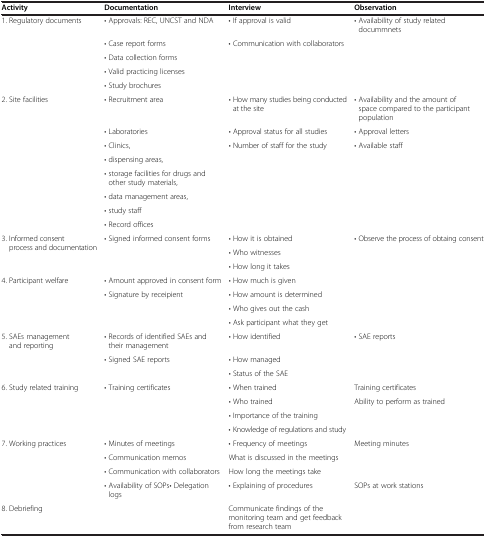
| Activity | Documentation | Interview | Observation |
 | --- | --- | --- | --- |
 | <ROWSPAN=5> 1. Regulatory documents | • Approvals: REC, UNCST and NDA | • If approval is valid | • Availability of study related docummnets |
 | • Case report forms | <ROWSPAN=4> • Communication with collaborators | <ROWSPAN=4>  |
 | • Data collection forms |
 | • Valid practicing licenses |
 | • Study brochures |
 | <ROWSPAN=8> 2. Site facilities | • Recruitment area | • How many studies being conducted at the site | • Availability and the amount of space compared to the participant population |
 | • Laboratories | • Approval status for all studies | • Approval letters |
 | • Clinics, | • Number of staff for the study | • Available staff |
 | • dispensing areas, |  |  |
 | • storage facilities for drugs and other study materials, |  |  |
 | • data management areas, |  |  |
 | • study staff |  |  |
 | • Record offices |  |  |
 | <ROWSPAN=3> 3. Informed consent process and documentation | <ROWSPAN=3> • Signed informed consent forms | • How it is obtained | <ROWSPAN=3> • Observe the process of obtaing consent |
 | • Who witnesses |
 | • How long it takes |
 | 4. Participant welfare | • Amount approved in consent form | • How much is given |  |
 | <ROWSPAN=3>  | <ROWSPAN=3> • Signature by receipient | • How amount is determined |  |
 | • Who gives out the cash |  |
 | • Ask participant what they get |  |
 | <ROWSPAN=3> 5. SAEs management and reporting | • Records of identified SAEs and their management | • How identified | <ROWSPAN=3> • SAE reports |
 | <ROWSPAN=2> • Signed SAE reports | • How managed |
 | • Status of the SAE |
 | <ROWSPAN=4> 6. Study related training | <ROWSPAN=4> • Training certificates | • When trained | Training certificates |
 | • Who trained | Ability to perform as trained |
 | • Importance of the training |  |
 | • Knowledge of regulations and study |  |
 | <ROWSPAN=4> 7. Working practices | • Minutes of meetings | • Frequency of meetings | Meeting minutes |
 | • Communication memos | What is discussed in the meetings |  |
 | • Communication with collaborators | How long the meetings take |  |
 | • Availability of SOPs• Delegation logs | • Explaining of procedures | SOPs at work stations |
 | 8. Debriefing |  | Communicate findings of the monitoring team and get feedback from research team |  |